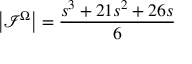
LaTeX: \left| \mathcal { I } ^ { \Omega } \right| = \frac { s ^ { 3 } + 2 1 s ^ { 2 } + 2 6 s } { 6 }